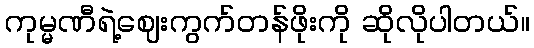
ကုမ္မဏီရဲ့ဈေးကွက်တန်ဖိုးကို ဆိုလိုပါတယ်။